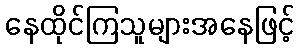
နေထိုင်ကြသူများအနေဖြင့်